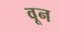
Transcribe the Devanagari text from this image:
वून